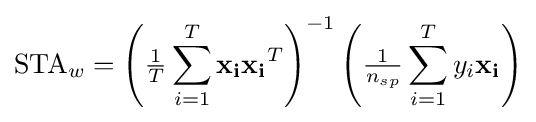
\mathrm {STA} _{w}=\left({\tfrac {1}{T}}\sum _{i=1}^{T}\mathbf {x_{i}} \mathbf {x_{i}} ^{T}\right)^{-1}\left({\tfrac {1}{n_{sp}}}\sum _{i=1}^{T}y_{i}\mathbf {x_{i}} \right)